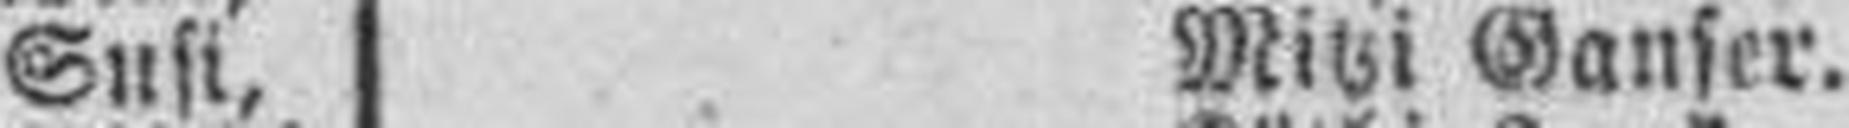
Susi, Mitzi Ganser.